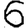
Digit: 6